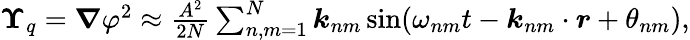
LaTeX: \begin{array}{r}{\boldsymbol{\Upsilon}_{q}=\boldsymbol{\nabla}\varphi^{2}\approx\frac{A^{2}}{2N}\sum_{n,m=1}^{N}\boldsymbol{k}_{nm}\sin(\omega_{nm}t-\boldsymbol{k}_{nm}\cdot\boldsymbol{r}+\theta_{nm}),}\end{array}